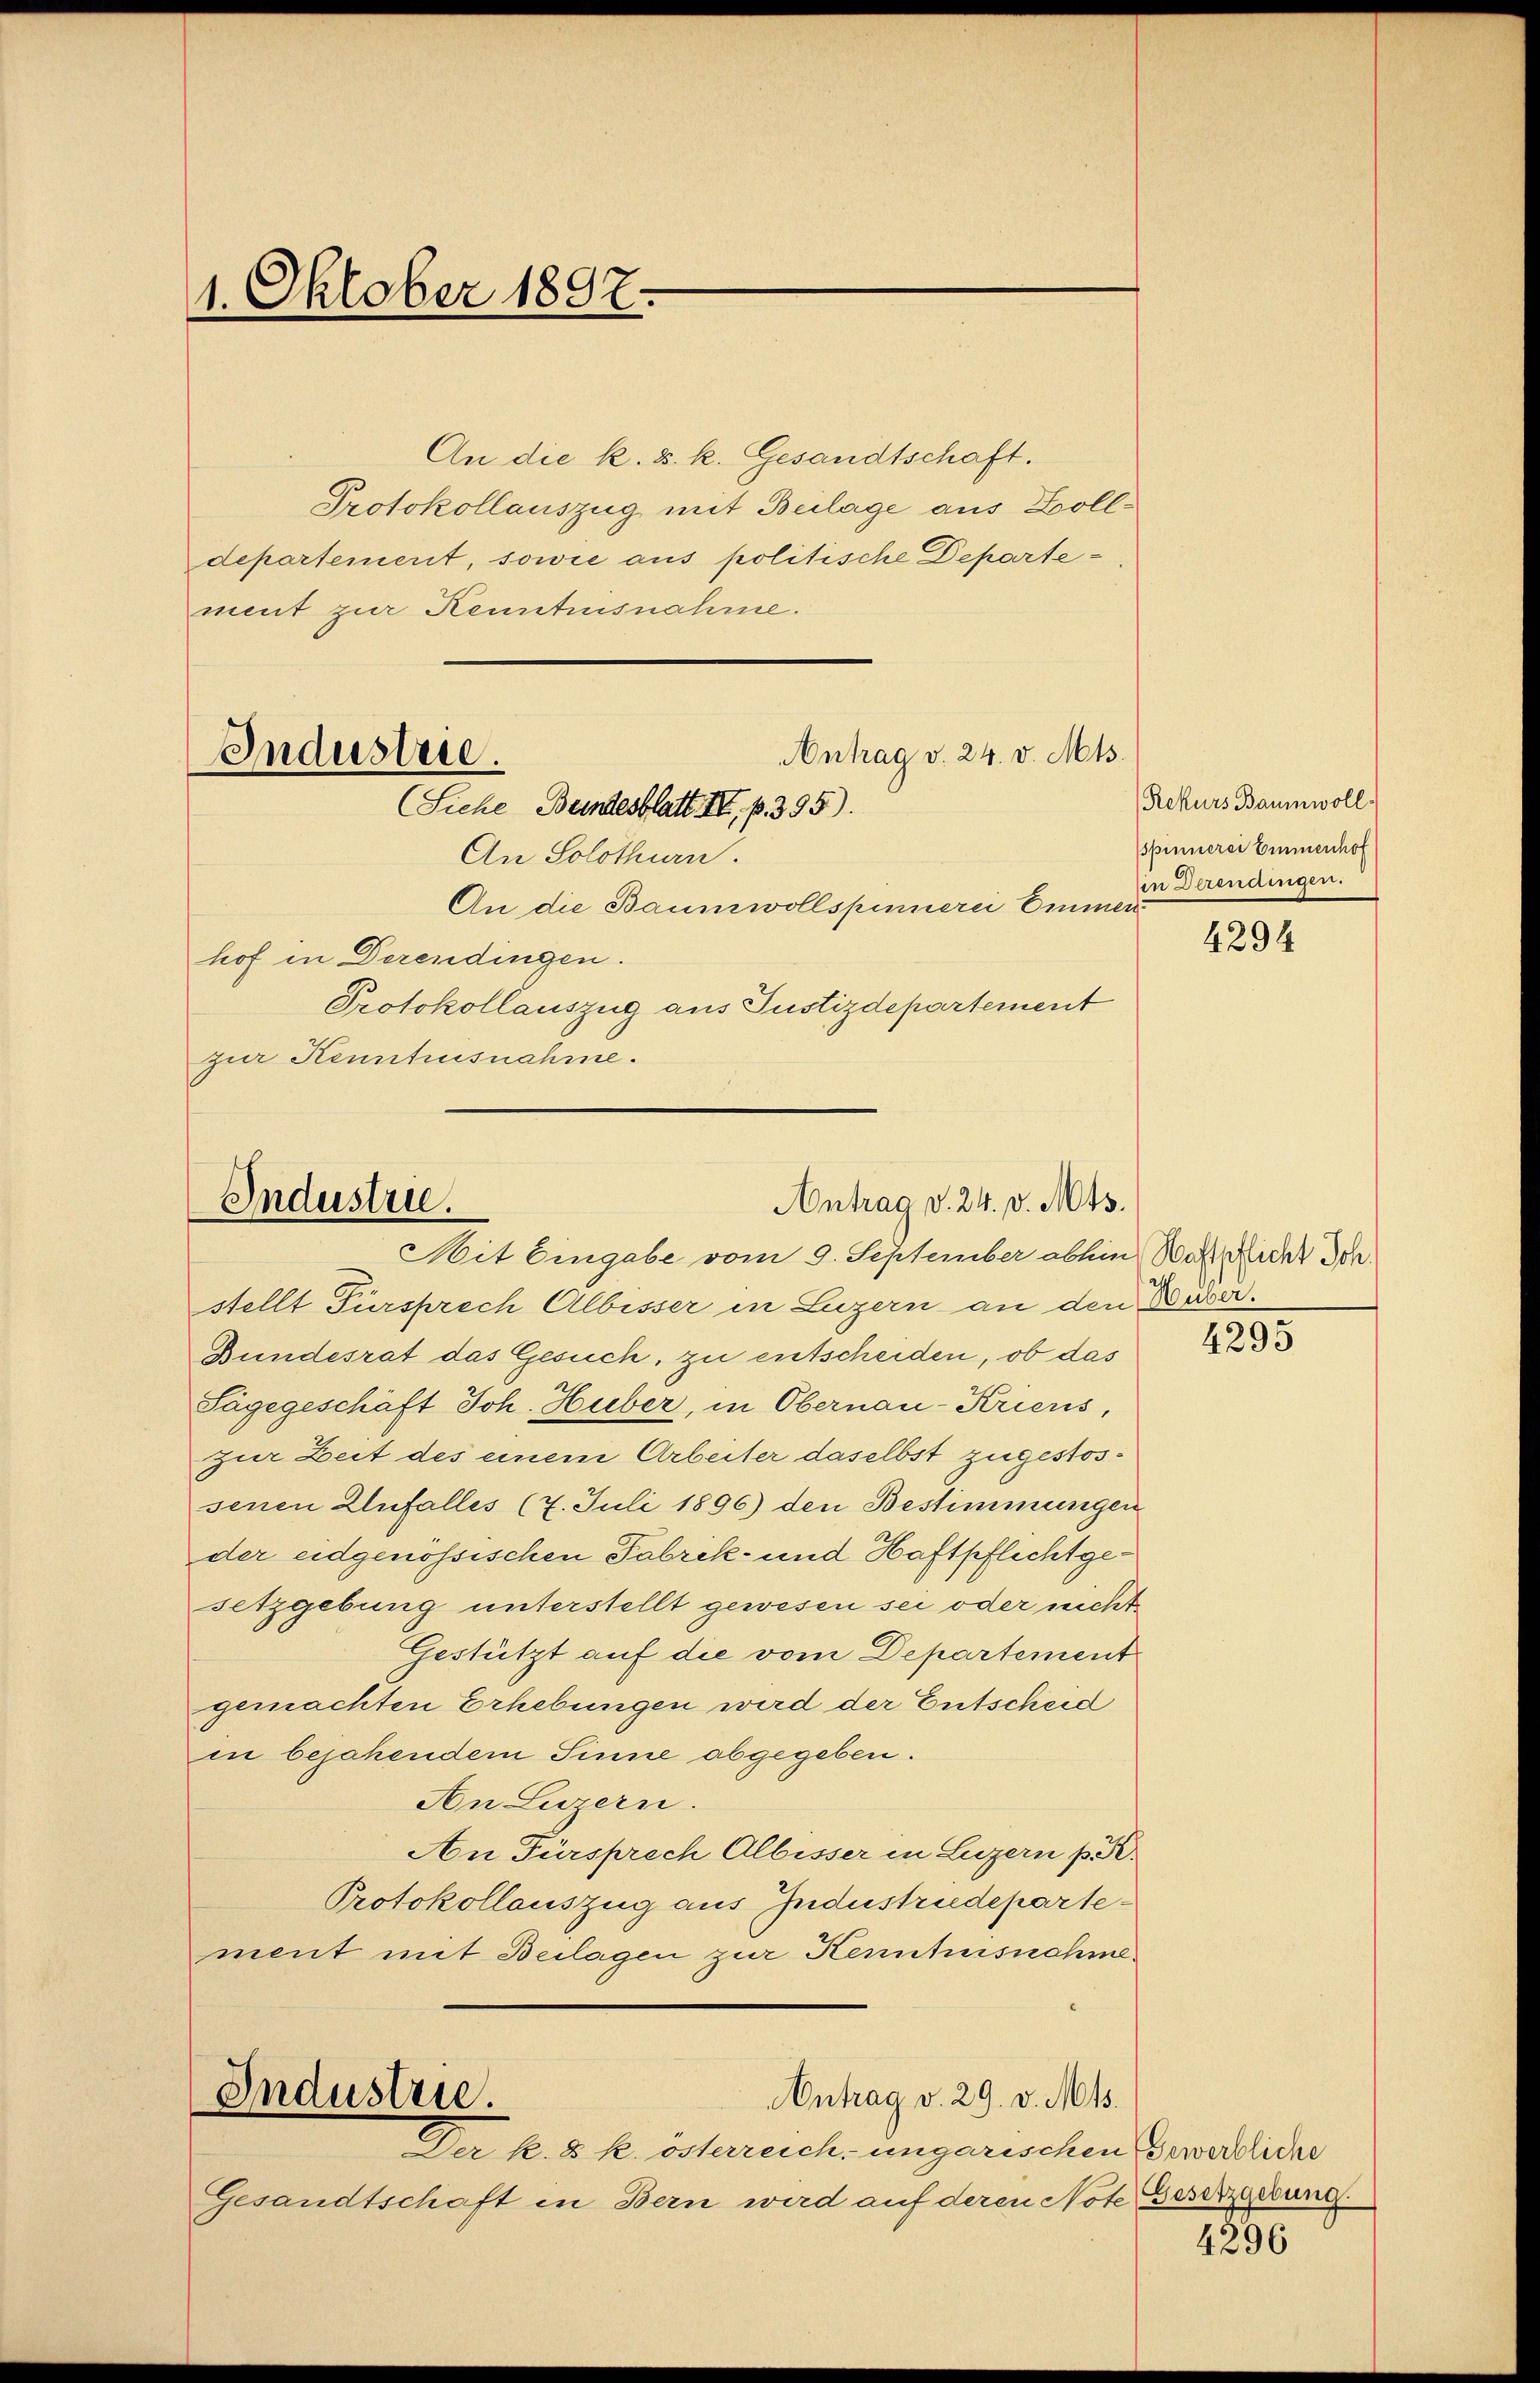
1. Oktober 1897.

An die k. k. k. Gesandtschaft.
Protokollauszug mit Beilage aus Zolldepartement, sowie aus politische Departement zur Kenntnisnahme.

Antrag d. 24. v. Mts.
Industrie.
(Siehe Bundesblatt. III. p. 395).
An Solothurn.

An die Baumwollspinnerei Emmen
hof in Derendingen.
Protokollauszug aus Justizdepartement
zur Kenntnisnahme.

Industrie.
Antrag v. 24. v. Mts.
Mit Eingabe vom 9. September abhin War Recht der

stellt Fürsprech Albisser in Luzern an den Deser.
Bundesrat das Gesuch, zu entscheiden, ob das
Sagegeschäft Joh. Huber, in Obernau-Kriens,
zur Zeit des einem Arbeiter daselbst zugestossenen Unfalles (7. Juli 1896) den Bestimmungen
der eidgenössischen Fabrik- und Haftpflichtgesetzgebung unterstellt gewesen sei oder nicht
Gestützt auf die vom Departement
gemachten Erhebungen wird der Entscheid
in bejahendem Sinne abgegeben.
An Luzern.
An Fürsprech Albisser in Luzern p.
Protokollauszug aus Industrideparte
ment mit Beilagen zur Kenntnisnehme
Industrie.
Antrag v. 29. v. Mts.

Der k. k. k. österreich ungarischen Gewerbliche
Gesandtschaft in Bern wird auf deren Note Gesetzgerung

Rekurs Baumwoll
spinnerei Emmenhof
in Derendingen.

4294

4295

4896